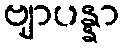
ဗျာပန္နာ